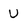
Character: U